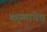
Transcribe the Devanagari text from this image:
कृष्णाचेच